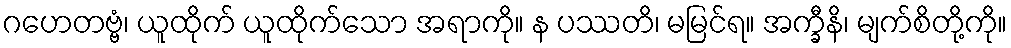
ဂဟေတဗ္ဗံ၊ ယူထိုက် ယူထိုက်သော အရာကို။ န ပဿတိ၊ မမြင်ရ။ အက္ခီနိ၊ မျက်စိတို့ကို။